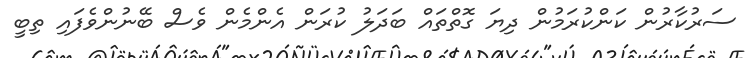
ސަރުކާރުން ކަންކުރަމުން ދިޔަ ގޮތްތައް ބަދަލު ކުރަން އެންމެން ވެސް ބޭނުންވެފައި ތިބީ